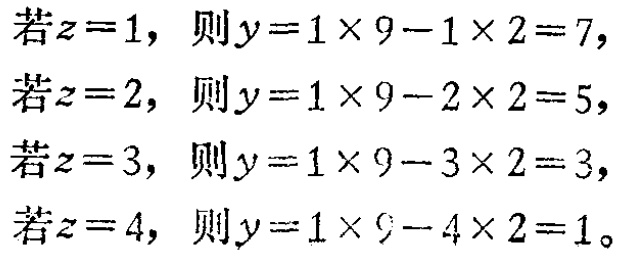
若\(z = 1\)，则\(y = 1\times9 - 1\times2 = 7\)，

若\(z = 2\)，则\(y = 1\times9 - 2\times2 = 5\)，

若\(z = 3\)，则\(y = 1\times9 - 3\times2 = 3\)，

若\(z = 4\)，则\(y = 1\times9 - 4\times2 = 1\)。